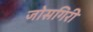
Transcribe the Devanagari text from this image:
जोसगिरी